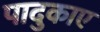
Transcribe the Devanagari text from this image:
पादुकाए